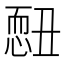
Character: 𢟄